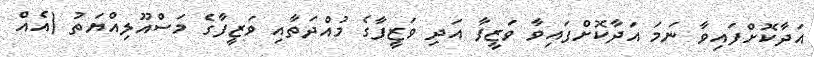
އަދާކޮށްފައިވާ ނަމަ އަދާކޮށްފައިވާ ވަޒީފާ އަދި ވަޒީފާގެ މުއްދަތާއި ވަޒީފާގެ މަސްއޫލިއްޔަތު (އެއް